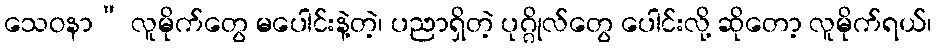
သေဝနာ” လူမိုက်တွေ မပေါင်းနဲ့တဲ့၊ ပညာရှိတဲ့ ပုဂ္ဂိုလ်တွေ ပေါင်းလို့ ဆိုတော့ လူမိုက်ရယ်၊